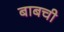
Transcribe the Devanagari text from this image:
बाबची